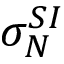
\sigma _ { N } ^ { S I }